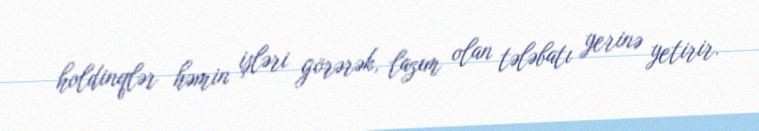
holdinqlər həmin işləri görərək, lazım olan tələbatı yerinə yetirir.